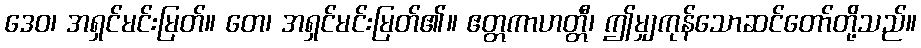
ဒေဝ၊ အရှင်မင်းမြတ်။ တေ၊ အရှင်မင်းမြတ်၏။ ဧတ္တကာဟတ္တီ၊ ဤမျှကုန်သောဆင်တော်တို့သည်။